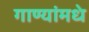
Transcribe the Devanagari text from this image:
गाण्यांमधे